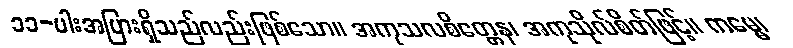
၁၁-ပါးအပြားရှိသည်လည်းဖြစ်သော။ အကုသလစိတ္တေန၊ အကုသိုလ်စိတ်ဖြင့်။ ကမ္မေ၊